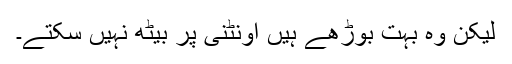
لیکن وہ بہت بوڑھے ہیں اونٹنی پر بیٹھ نہیں سکتے۔